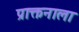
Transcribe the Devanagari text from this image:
प्राक्तनाला